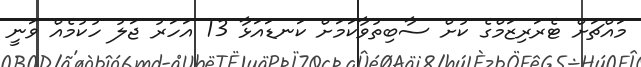
މައްޗަށް ޓެރަރިޒަމްގެ ކުށް ސާބިތުވާކަމަށް ކަނޑައަޅާ 13 އަހަރު ޖަލު ހުކުމެއް ވަނީ